Report on the lunatic asylums under the Government of Bombay - 1904-1913
Year: 1904
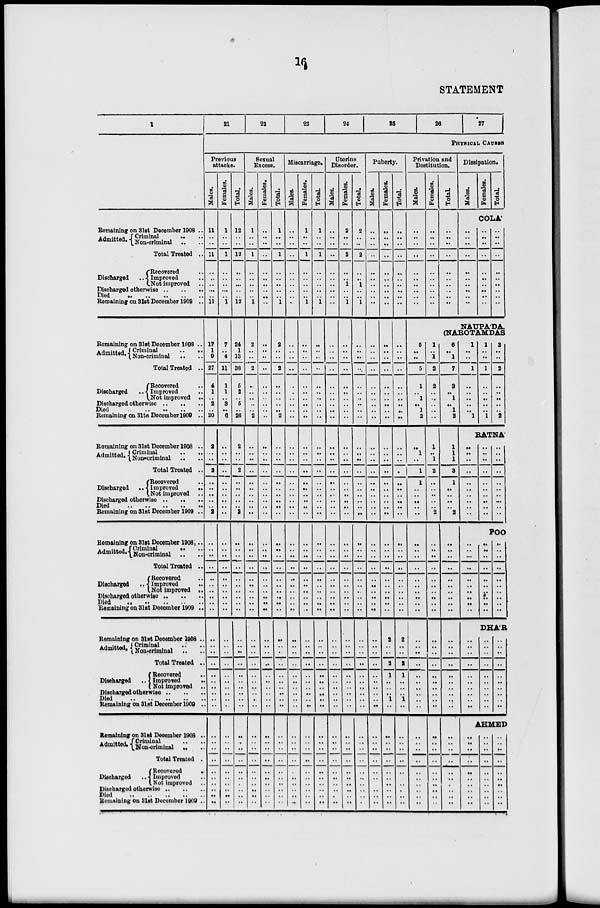
16
STATEMENT
1
Remaining on 31st December 1908 ..
Admitted. Criminal .. ..
Non-criminal .. ..
Total Treated ..
Discharged
Recovered ..
Improved ..
Not improved ..
Discharged otherwise .. .. ..
Died .. .. .. .. ..
Remaining on 31st December 1909 ..
Remaining on 31st December 1908 ..
Admitted. Criminal
..
..
Non-criminal .. ..
Total Treated ..
Discharged
Recovered ..
Improved ..
Not improved ..
Discharged otherwise .. .. ..
Died .. .. .. .. .. ..
Remaining on 31st December 1909 ..
Remaining on 31st December 1908 ..
Admitted. Criminal .. ..
Non-crimianl .. ..
Total Treated ..
Discharged
Recovered ..
Improved
..
Not improved ..
Discharged otherwise .. .. ..
Died .. .. .. .. ..
Remaining on 31st December 1909 ..
Remaining on 31st December 1908 ..
Admitted. Criminal .. ..
Non-criminal .. ..
Total Treated ..
Discharged
Recovered ..
Improved ..
Not improved ..
Discharged otherwise .. .. ..
Died .. .. .. .. ..
Remaining on 31st December 1909 ..
Remaining on 31st December 1908 ..
Admitted. Criminal .. ..
Non-criminal .. ..
Total Treated ..
Discharged
Recovered ..
Improved
..
Not improved ..
Discharged otherwise .. .. ..
Died .. .. .. .. ..
Remaining on 31st December 1909 ..
Remaining on 31st December 1908 ..
Admitted. Criminal .. ..
Non-criminal .. ..
Total Treated ..
Discharged
Recovered
..
Improved ..
Not improved ..
Discharged otherwise .. .. ..
Died
..
..
..
..
..
Remaining on 31st December 1909 ..
21
22
23
24
25
26
27
PHYSICAL CAUSES
Previous
attacks.
Males.
11
..
..
11
..
..
..
..
..
11
17
1
9
27
4
1
..
2
..
20
2
..
..
2
..
..
..
..
..
2
..
..
..
..
..
..
..
..
..
..
..
..
..
..
..
..
..
..
..
..
..
..
..
..
..
..
..
..
..
..
Females.
1
..
..
1
..
..
..
..
..
1
7
..
4
11
1
1
..
3
..
6
..
..
..
..
..
..
..
..
..
..
..
..
..
..
..
..
..
..
..
..
..
..
..
..
..
..
..
..
..
..
..
..
..
..
..
..
..
..
..
..
Total.
12
..
..
12
..
..
..
..
..
12
24
1
13
38
5
2
..
5
..
26
2
..
..
2
..
..
..
..
..
2
..
..
..
..
..
..
..
..
..
..
..
..
..
..
..
..
..
..
..
..
..
..
..
..
..
..
..
..
..
..
Sexual
Excess.
Males.
1
..
..
1
..
..
..
..
..
1
2
..
..
2
..
..
..
..
..
2
..
..
..
..
..
..
..
..
..
..
..
..
..
..
..
..
..
..
..
..
..
..
..
..
..
..
..
..
..
..
..
..
..
..
..
..
..
..
..
..
Females.
..
..
..
..
..
..
..
..
..
..
..
..
..
..
..
..
..
..
..
..
..
..
..
..
..
..
..
..
..
..
..
..
..
..
..
..
..
..
..
..
..
..
..
..
..
..
..
..
..
..
..
..
..
..
..
..
..
..
..
Total.
1
..
..
1
..
..
..
..
..
1
2
..
..
2
..
..
..
..
..
2
..
..
..
..
..
..
..
..
..
..
..
..
..
..
..
..
..
..
..
..
..
..
..
..
..
..
..
..
..
..
..
..
..
..
..
..
..
..
..
..
Miscarriage.
Males.
..
..
..
..
..
..
..
..
..
..
..
..
..
..
..
..
..
..
..
..
..
..
..
..
..
..
..
..
..
..
..
..
..
..
..
..
..
..
..
..
..
..
..
..
..
..
..
..
..
..
..
..
..
..
..
..
..
..
..
..
Females.
1
..
..
1
..
..
..
..
..
1
..
..
..
..
..
..
..
..
..
..
..
..
..
..
..
..
..
..
..
..
..
..
..
..
..
..
..
..
..
..
..
..
..
..
..
..
..
..
..
..
..
..
..
..
..
..
..
..
..
..
Total.
1
..
..
1
..
..
..
..
..
1
..
..
..
..
..
..
..
..
..
..
..
..
..
..
..
..
..
..
..
..
..
..
..
..
..
..
..
..
..
..
..
..
..
..
..
..
..
..
..
..
..
..
..
..
..
..
..
..
..
..
Uterine
Disorder.
Males.
..
..
..
..
..
..
..
..
..
..
..
..
..
..
..
..
..
..
..
..
..
..
..
..
..
..
..
..
..
..
..
..
..
..
..
..
..
..
..
..
..
..
..
..
..
..
..
..
..
..
..
..
..
..
..
..
..
..
..
..
Females.
2
..
..
2
..
..
1
..
..
1
..
..
..
..
..
..
..
..
..
..
..
..
..
..
..
..
..
..
..
..
..
..
..
..
..
..
..
..
..
..
..
..
..
..
..
..
..
..
..
..
..
..
..
..
..
..
..
..
..
..
Total.
2
..
..
2
..
..
1
..
..
1
..
..
..
..
..
..
..
..
..
..
..
..
..
..
..
..
..
..
..
..
..
..
..
..
..
..
..
..
..
..
..
..
..
..
..
..
..
..
..
..
..
..
..
..
..
..
..
..
..
..
Puberty.
Males.
..
..
..
..
..
..
..
..
..
..
..
..
..
..
..
..
..
..
..
..
..
..
..
..
..
..
..
..
..
..
..
..
..
..
..
..
..
..
..
..
..
..
..
..
..
..
..
..
..
..
..
..
..
..
..
..
..
..
..
..
Females.
..
..
..
..
..
..
..
..
..
..
..
..
..
..
..
..
..
..
..
..
..
..
..
..
..
..
..
..
..
..
..
..
..
..
..
..
..
..
..
..
2
..
..
2
1
..
..
..
1
..
..
..
..
..
..
..
..
..
..
..
Total.
..
..
..
..
..
..
..
..
..
..
..
..
..
..
..
..
..
..
..
..
..
..
..
..
..
..
..
..
..
..
..
..
..
..
..
..
..
..
..
..
2
..
..
2
1
..
..
..
1
..
..
..
..
..
..
..
..
..
..
..
Privation and
Destitution.
Males.
..
..
..
..
..
..
..
..
..
..
Females.
..
..
..
..
..
..
..
..
..
..
Total.
..
..
..
..
..
..
..
..
..
..
Dissipation.
Males.
Females.
Total.
COLA'
..
..
..
..
..
..
..
..
..
..
..
..
..
..
..
..
..
..
..
..
..
..
..
..
..
..
..
..
..
..
NAUPÁDA,
(NAROTAMDAS
5
..
..
5
1
..
1
..
1
2
..
1
..
1
1
..
..
..
..
..
..
..
..
..
..
..
..
..
..
..
..
..
..
..
..
..
..
..
..
..
..
..
..
..
..
..
..
..
..
..
1
..
1
2
2
..
..
..
..
..
1
..
1
2
..
..
..
..
..
2
..
..
..
..
..
..
..
..
..
..
..
..
..
..
..
..
..
..
..
..
..
..
..
..
..
..
..
..
..
..
6
1
7
3
..
1
..
1
2
1
1
1
3
1
..
..
..
..
2
..
..
..
..
..
..
..
..
..
..
..
..
..
..
..
..
..
..
..
..
..
..
..
..
..
..
..
..
..
..
1
..
..
1
..
..
..
..
..
1
1
..
..
1
..
..
..
..
..
1
2
..
..
2
..
..
..
..
..
2
RATNÁ
..
..
..
..
..
..
..
..
..
..
..
..
..
..
..
..
..
..
..
..
..
..
..
..
..
..
..
..
..
..
POO
..
..
..
..
..
..
..
..
..
..
..
..
..
..
..
..
..
..
..
..
..
..
..
..
..
..
..
..
..
..
DHÁR
..
..
..
..
..
..
..
..
..
..
..
..
..
..
..
..
..
..
..
..
..
..
..
..
..
..
..
..
..
..
AHMED
..
..
..
..
..
..
..
..
..
..
..
..
..
..
..
..
..
..
..
..
..
..
..
..
..
..
..
..
..
..